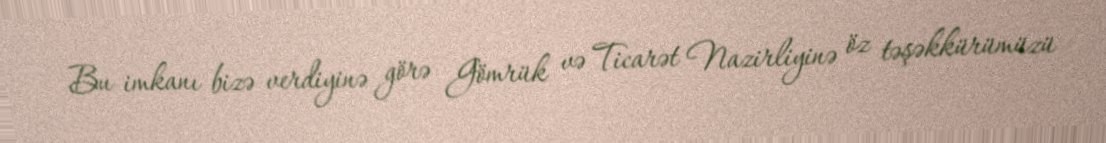
Bu imkanı bizə verdiyinə görə Gömrük və Ticarət Nazirliyinə öz təşəkkürümüzü